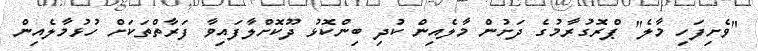
"ވެށިފަހި މާލެ" ޕްރޮގުރާމުގެ ދަށުން މާލެއިން ކުދި ބިންކޮޅު ދޫކޮށްލާފައިވާ ފަރާތްތަކަށް ހުޅުމާލެއިން